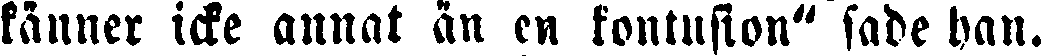
känner icke annat än en kontusion" sade han.